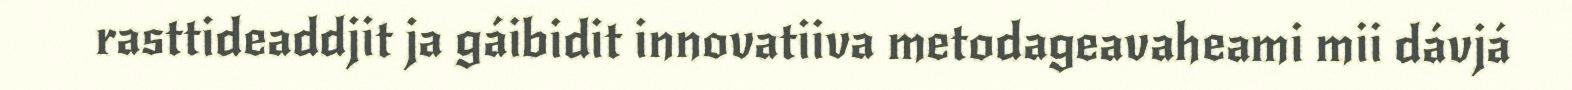
rasttideaddjit ja gáibidit innovatiiva metodageavaheami mii dávjá